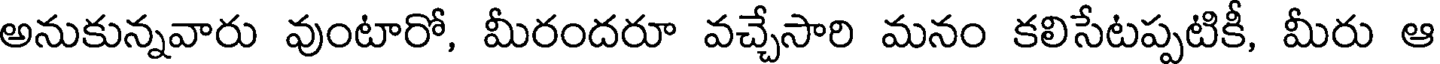
అనుకున్నవారు వుంటారో, మీరందరూ వచ్చేసారి మనం కలిసేటప్పటికీ, మీరు ఆ